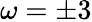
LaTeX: \omega=\pm 3